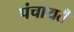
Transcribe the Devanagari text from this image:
पंचायतेँ